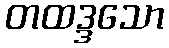
တထဒ္ဒသော